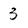
Character: 3